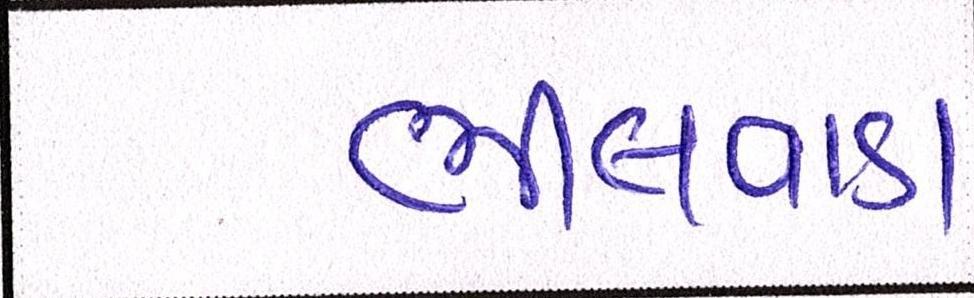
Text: ભીલવાડા